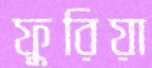
ফুরিয়া